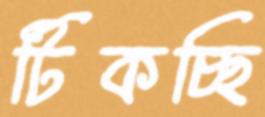
টিকচ্ছি